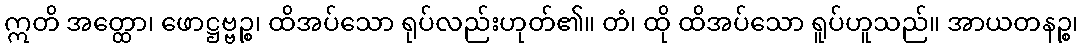
ဣတိ အတ္ထော၊ ဖောဋ္ဌဗ္ဗဉ္စ၊ ထိအပ်သော ရုပ်လည်းဟုတ်၏။ တံ၊ ထို ထိအပ်သော ရူပ်ဟူသည်။ အာယတနဉ္စ၊